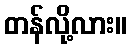
တန်လို့လား။